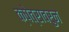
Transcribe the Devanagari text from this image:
क्षेत्रावरुन